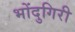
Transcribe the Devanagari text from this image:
भोंदुगिरी